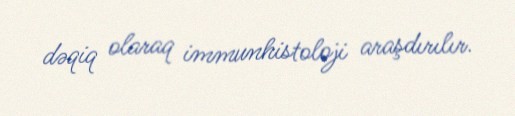
dəqiq olaraq immunhistoloji araşdırılır.